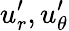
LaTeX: u_{r}^{\prime},u_{\theta}^{\prime}